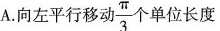
A.向左平行移动 \frac{ \pi }{3} 个单位长度